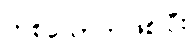
တစ်ယောက်ဖြစ်ပြီး